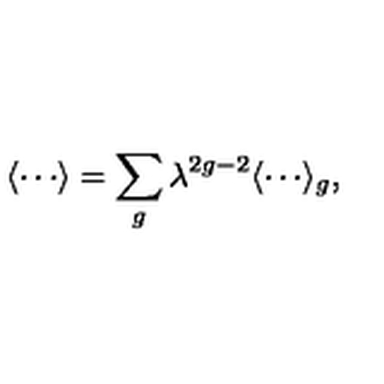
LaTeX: \langle \cdots \rangle = \sum _ { g } \lambda ^ { 2 g - 2 } \langle \cdots \rangle _ { g } ,